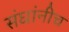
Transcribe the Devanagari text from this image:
संघांनीच